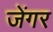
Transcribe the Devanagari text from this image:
जेंगर